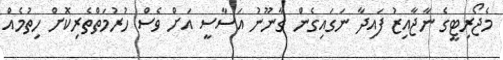
މެޖޯރިޓީގެ ނާޖާއިޒު ފައިދާ ނަގައިގެން ގާނޫނު އަސާސީ އަށް ވެސް ހުރުމަތްތެރިކޮށް ހިތުމެއް